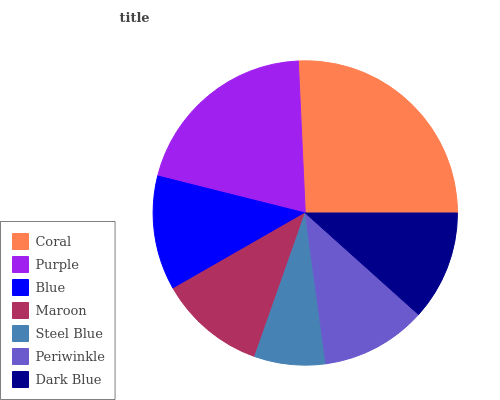
| Coral | Purple | Blue | Maroon | Steel Blue | Periwinkle | Dark Blue |
 | --- | --- | --- | --- | --- | --- | --- |
 | 25.8% | 20.4% | 12.2% | 11.3% | 7.54% | 11.2% | 11.6% |